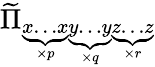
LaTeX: \widetilde{\Pi}_{\underbrace{x\dots x}_{\times p}\underbrace{y\dots y}_{\times q}\underbrace{z\dots z}_{\times r}}